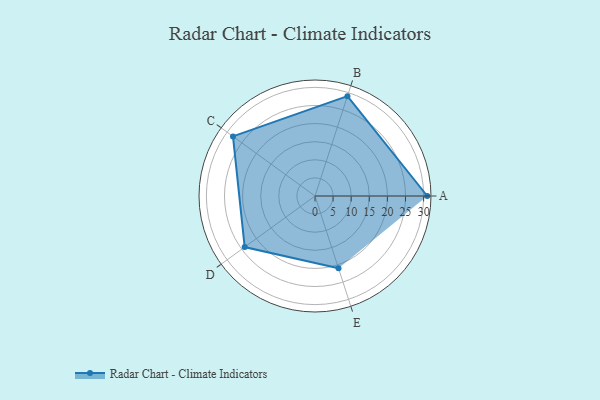
{"axis": {"x": "Skill", "y": "Score"}, "legend": ["Profile"], "data": [{"x": "A", "y": 31.0, "type": "Profile"}, {"x": "B", "y": 29.0, "type": "Profile"}, {"x": "C", "y": 28.0, "type": "Profile"}, {"x": "D", "y": 24.0, "type": "Profile"}, {"x": "E", "y": 21.0, "type": "Profile"}]}